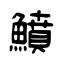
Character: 鱝